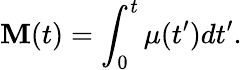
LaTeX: \mathbf{M}(t)=\int_{0}^{t}\mu(t^{\prime})dt^{\prime}.